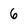
Character: 6